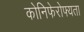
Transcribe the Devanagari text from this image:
कोनिफेरोफ्यता